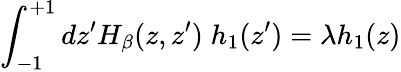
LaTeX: \int_{-1}^{+1}dz^{\prime}H_{\beta}(z,z^{\prime})\; h_{1}(z^{\prime})=\lambda h_{1}(z)